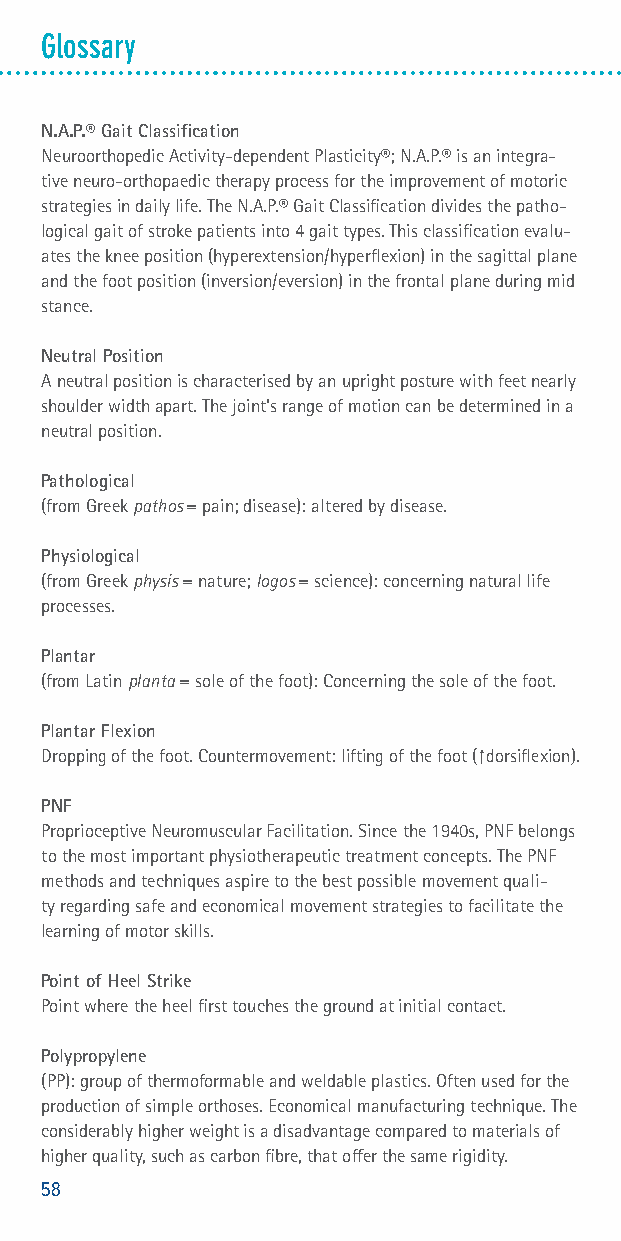
Glossary
 N.A.P.® Gait Classification
 Neuroorthopedic Activity-dependent Plasticity®; N.A.P.® is an integra-
 tive neuro-orthopaedic therapy process for the improvement of motoric
 strategies in daily life. The N.A.P.® Gait Classification divides the patho-
 logical gait of stroke patients into 4 gait types. This classification evalu-
 ates the knee position (hyperextension/hyperflexion) in the sagittal plane
 and the foot position (inversion/eversion) in the frontal plane during mid
 stance.
 Neutral Position
 A neutral position is characterised by an upright posture with feet nearly
 shoulder width apart. The joint's range of motion can be determined in a
 neutral position.
 Pathological
 (from Greek pathos = pain; disease): altered by disease.
 Physiological
 (from Greek physis = nature; logos = science): concerning natural life
 processes.
 Plantar
 (from Latin planta = sole of the foot): Concerning the sole of the foot.
 Plantar Flexion
 Dropping of the foot. Countermovement: lifting of the foot ( ⁭dorsiflexion).
 PNF
 Proprioceptive Neuromuscular Facilitation. Since the 1940s, PNF belongs
 to the most important physiotherapeutic treatment concepts. The PNF
 methods and techniques aspire to the best possible movement quali-
 ty regarding safe and economical movement strategies to facilitate the
 learning of motor skills.
 Point of Heel Strike
 Point where the heel first touches the ground at initial contact.
 Polypropylene
 (PP): group of thermoformable and weldable plastics. Often used for the
 production of simple orthoses. Economical manufacturing technique. The
 considerably higher weight is a disadvantage compared to materials of
 higher quality, such as carbon fibre, that offer the same rigidity.
 58